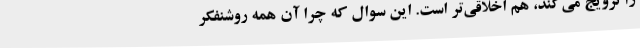
را ترویج می‌کند، هم اخلاقی‌تر است. این سوال که چرا آن همه روشنفکر